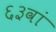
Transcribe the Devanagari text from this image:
६३वां